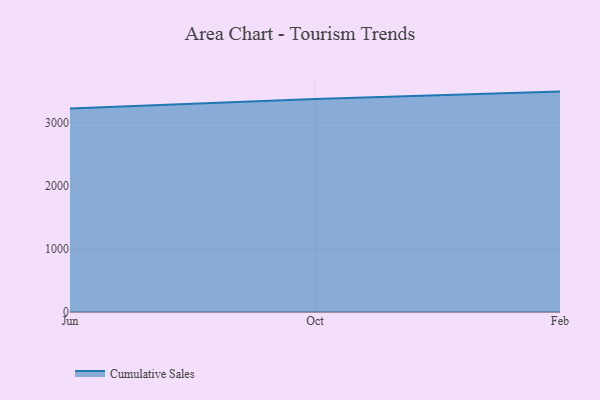
{"axis": {"x": "Month", "y": "Humidity (%)"}, "legend": ["Cumulative Sales"], "data": [{"x": "Jun", "y": 3228.6, "type": "Cumulative Sales"}, {"x": "Oct", "y": 3382.1, "type": "Cumulative Sales"}, {"x": "Feb", "y": 3497.8, "type": "Cumulative Sales"}]}